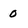
Character: 0